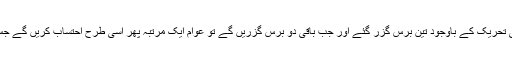
دھرنوں جیسی سیاسی تحریک کے باوجود تین برس گزر گئے اور جب باقی دو برس گزریں گے تو عوام ایک مرتبہ پھر اسی طرح احتساب کریں گے جس طرح پہلے ہوا تھا۔